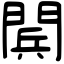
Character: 𨴴